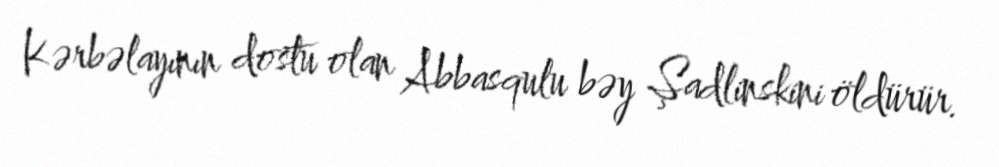
Kərbəlayının dostu olan Abbasqulu bəy Şadlinskini öldürür.